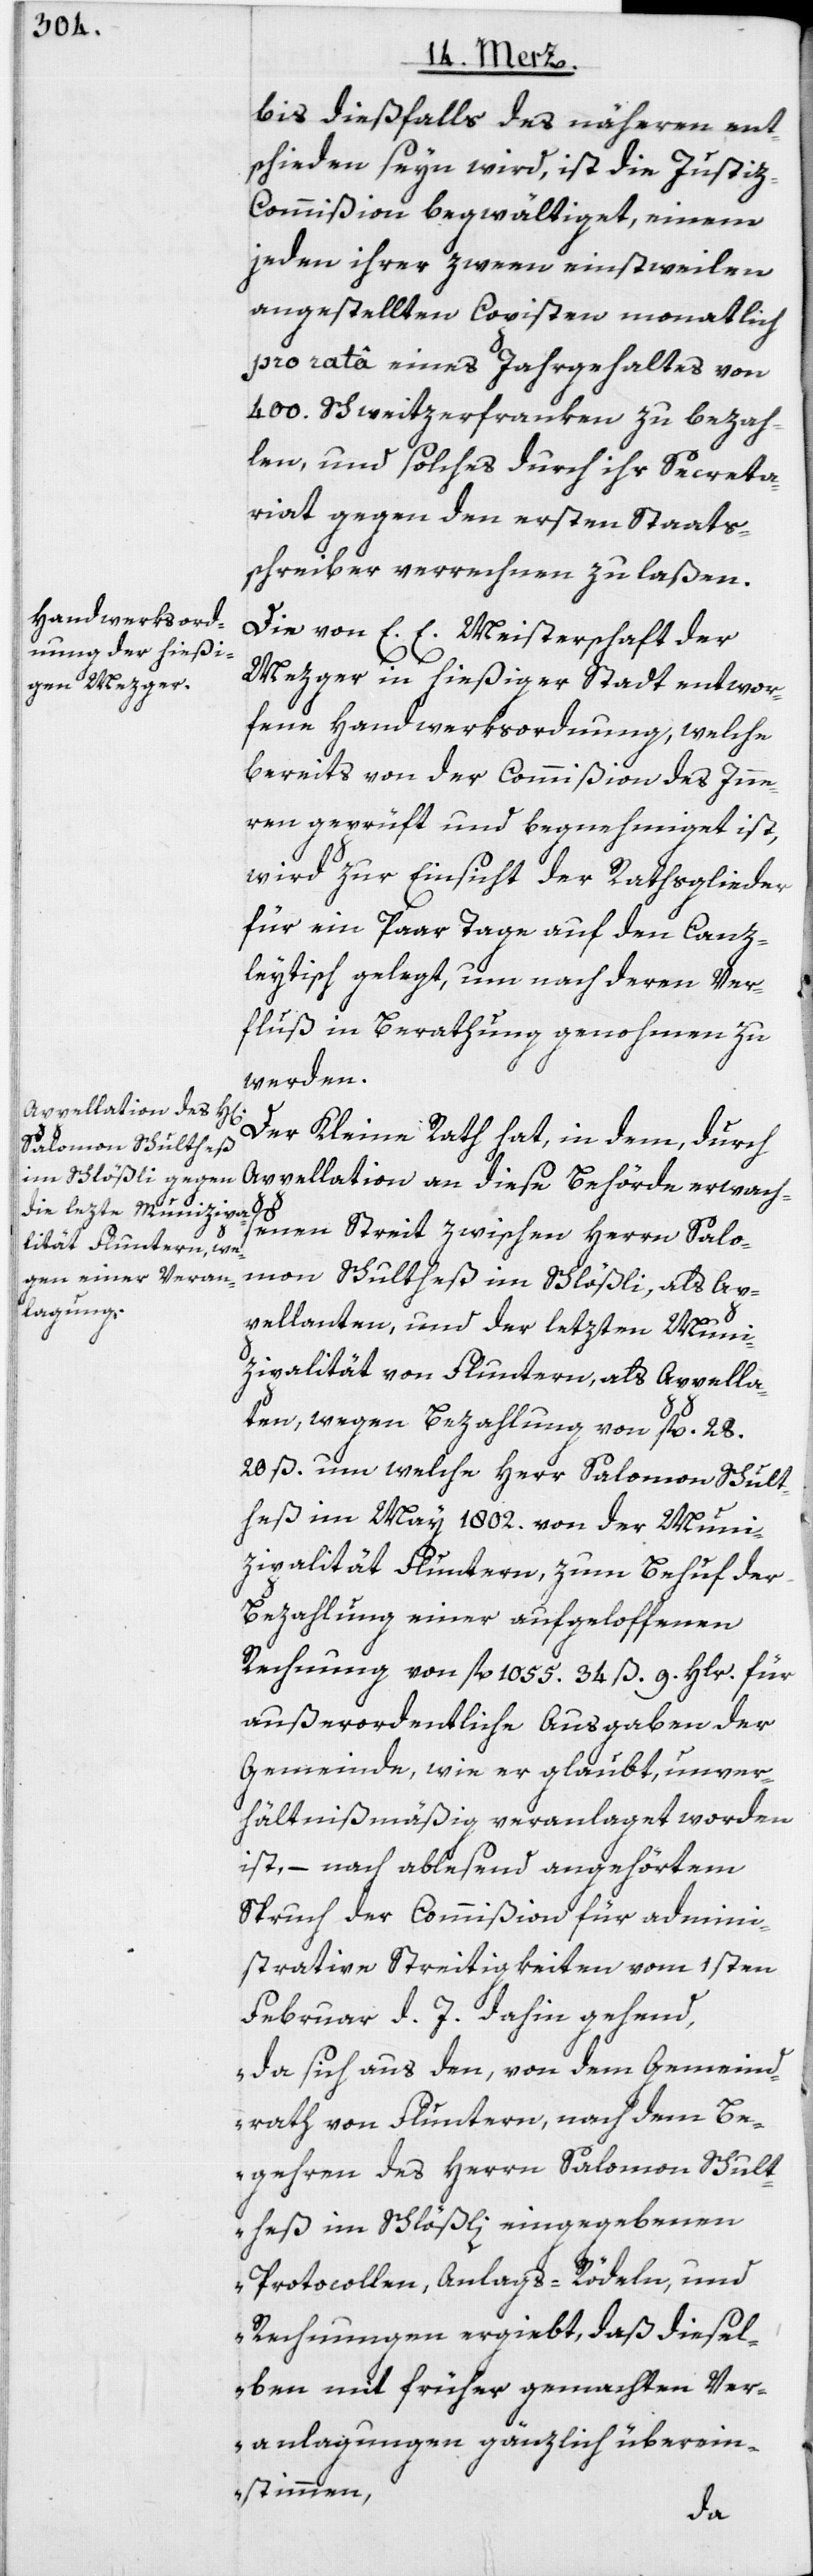
bis dießfalls des näheren ent¬
schieden seyn wird, ist die Justiz-C¬
ommißion begwältiget, einem
jeden ihrer zween einstweilen
angestellten Copisten monatlich
pro rata eines Jahrgehaltes von
400. Schweitzerfranken zu bezah¬
len, und solches durch ihr Secreta¬
riat gegen den ersten Staats¬
schreiber verrechnen zu laßen.
Die von E. E. Meisterschaft der
Mezger in hießiger Stadt entwor¬
fene Handwerksordnung, welche
bereits von der Commißion des Inne¬
ren geprüft und begnehmiget ist,
wird zur Einsicht der Rathsglieder
für ein Paar Tage auf den Canz¬
leytisch gelegt, um nach deren Ver¬
fluß in Berathung genohmen zu
werden.
Der Kleine Rath hat, in dem, durch
Appellation an diese Behörde erwach¬
senen Streit zwischen Herrn Salo¬
mon Schultheß im Schlößli, als Ap¬
pellanten, und der letzten Muni¬
zipalität von Fluntern, als Appella¬
ten, wegen Bezahlung von fl. 28.
20 ß. um welche Herr Salomon Schult¬
heß im May 1802. von der Muni¬
zipalität Fluntern, zum Behuf der
Bezahlung einer aufgeloffenen
Rechnung von fl. 1055. 34 ß. 9. Hlr. für
außerordentliche Ausgaben der
Gemeinde, wie er glaubt, unver¬
hältnißmäßig veranlaget worden
ist, – nach ablesend angehörtem
Spruch der Commißion für admini¬
strative Streitigkeiten vom 1sten
Februar d. J. dahin gehend,
„da sich aus den, von dem Gemeind¬
rath von Fluntern, nach dem Be¬
gehren des Herrn Salomon Schult¬
heß im Schlößli eingegebenen
Protocollen, Anlags-Rödeln, und
Rechungen ergiebt, daß diesel¬
ben mit früher gemachten Ver¬
anlagungen gänzlich überein¬
stimmen,